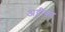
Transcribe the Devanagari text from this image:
अट्टीका